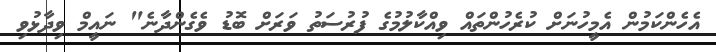
އެހެންކަމުން އެމީހުނަށް ކުރެހުންތައް ވިއްކާލުމުގެ ފުރުސަތު ވަރަށް ބޮޑު ވެގެންދާނެ" ނައީމް ވިދާޅުވި